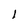
Character: l